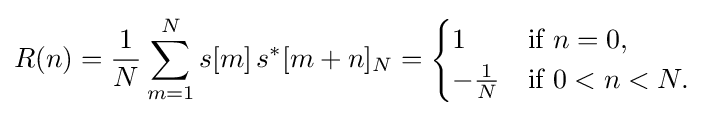
R(n)={\frac {1}{N}}\sum _{m=1}^{N}s[m]\,s^{*}[m+n]_{N}={\begin{cases}1&{\text{if }}n=0,\\-{\frac {1}{N}}&{\text{if }}0<n<N.\end{cases}}